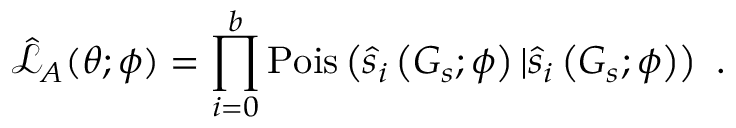
\hat { \mathcal { L } } _ { A } ( \boldsymbol { \theta } ; \boldsymbol { \phi } ) = \prod _ { i = 0 } ^ { b } \operatorname { P o i s } \left( \hat { s } _ { i } \left( G _ { s } ; \boldsymbol { \phi } \right) | \hat { s } _ { i } \left( G _ { s } ; \boldsymbol { \phi } \right) \right) ~ .